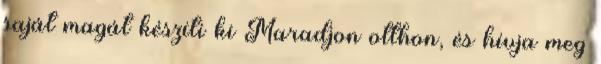
saját magát készíti ki Maradjon otthon, és hívja meg